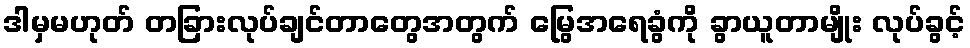
ဒါမှမဟုတ် တခြားလုပ်ချင်တာတွေအတွက် မြွေအရေခွံကို ခွာယူတာမျိုး လုပ်ခွင့်